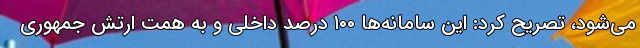
می‌شود، تصریح کرد: این سامانه‌ها ۱۰۰ درصد داخلی و به همت ارتش جمهوری